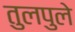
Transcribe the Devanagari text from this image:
तुलपुले